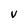
Character: V